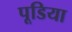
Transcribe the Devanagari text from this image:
पूडिया